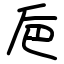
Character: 巵